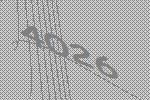
4026